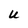
Character: U